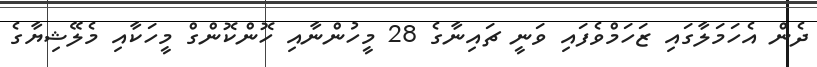
ދެން އެހަމަލާގައި ޒަހަމްވެފައި ވަނީ ޗައިނާގެ 28 މީހުންނާއި ހޮންކޮންގް މީހަކާއި މެލޭޝިޔާގެ